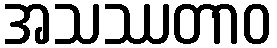
အသဿတာဝ